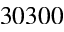
3 0 3 0 0